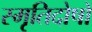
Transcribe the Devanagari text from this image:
स्मृतिदोषों